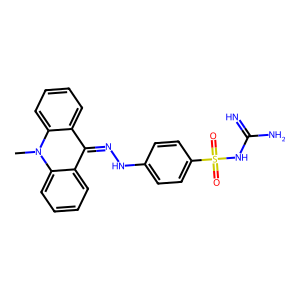
SMILES: Cn1c2ccccc2c(=NNc2ccc(S(=O)(=O)NC(=N)N)cc2)c2ccccc21
Inhibits HIV replication: No